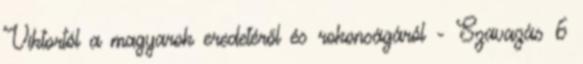
Viktortól a magyarok eredetéről és rokonságáról - Szavazás 6